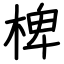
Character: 椑